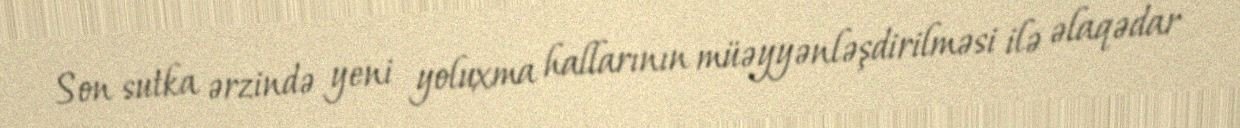
Son sutka ərzində yeni yoluxma hallarının müəyyənləşdirilməsi ilə əlaqədar